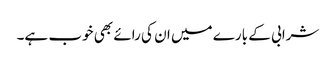
شرابی کے بارے میں ان کی رائے بھی خوب ہے۔